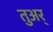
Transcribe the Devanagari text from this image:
तुअर्